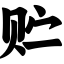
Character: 贮